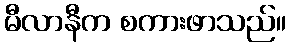
မီလာနီက စကားဖာသည်။